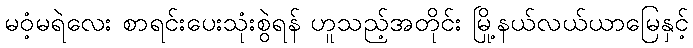
မဝံ့မရဲလေး စာရင်းပေးသုံးစွဲရန် ဟူသည့်အတိုင်း မြို့နယ်လယ်ယာမြေနှင့်